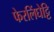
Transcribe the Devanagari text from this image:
फेरलिंघेट्टि